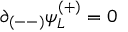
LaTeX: \partial _ { ( -- ) } \psi _ { L } ^ { ( + ) } = 0